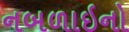
નબળાઇનો